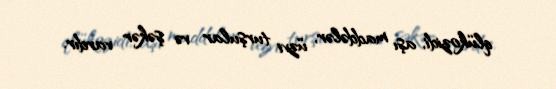
qlükozidi, aşı maddələr, üzvi turşular və şəkər vardır.